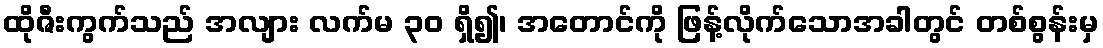
ထိုဇီးကွက်သည် အလျား လက်မ ၃၀ ရှိ၍၊ အတောင်ကို ဖြန့်လိုက်သောအခါတွင် တစ်စွန်းမှ